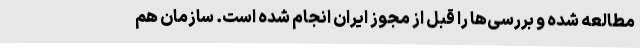
مطالعه شده و بررسی‌ها را قبل از مجوز ایران انجام شده است. سازمان هم